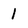
Character: 1